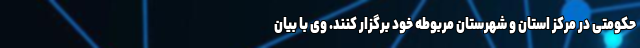
حکومتی در مرکز استان و شهرستان مربوطه خود برگزار کنند. وی با بیان